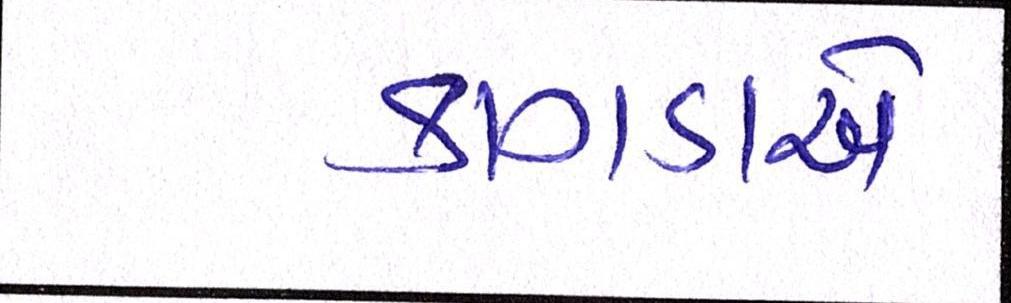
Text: કાગડાએ